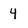
Character: 4